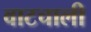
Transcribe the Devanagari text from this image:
वाटचाली